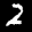
Label: 2